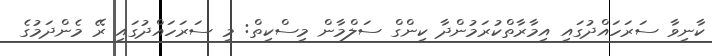
ކާނިވާ ސަރަހައްދުގައި އިމާރާތްކުރަމުންދާ ކިންގް ސަލްމާން މިސްކިތް: މި ސަރަހައްދުގައި ރޭ މެންދަމުގެ